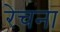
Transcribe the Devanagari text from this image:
रेचना